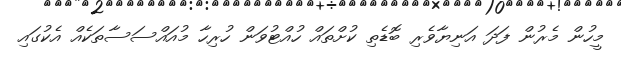
މީހުން މެރުން ފަދަ އަނިޔާވެރި ބޮޑެތި ކުށްތައް ހުއްޓުވަން ހުރިހާ މުއައްސަސާތަކެއް އެކުގައި